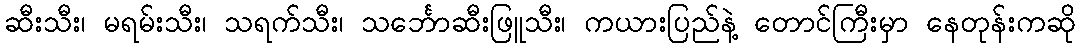
ဆီးသီး၊ မရမ်းသီး၊ သရက်သီး၊ သင်္ဘောဆီးဖြူသီး၊ ကယားပြည်နဲ့ တောင်ကြီးမှာ နေတုန်းကဆို